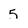
Character: 5